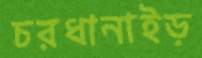
চরধানাইড়